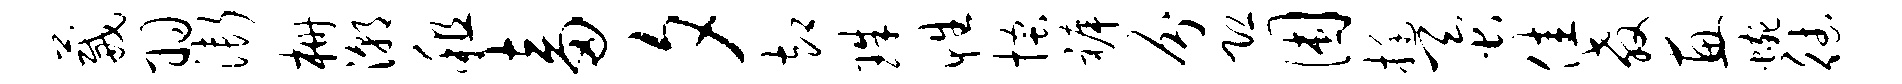
葳羽渐栅潮租畜夕却珠性搔裤分恐困挺蚕佳教惠蜿德